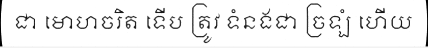
ជា មោហចរិត ទើប ត្រូវ ទំនងជា ច្រឡំ ហើយ